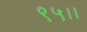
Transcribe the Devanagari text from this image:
९५।।